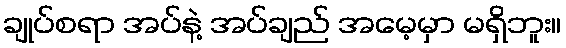
ချုပ်စရာ အပ်နဲ့ အပ်ချည် အမေ့မှာ မရှိဘူး။